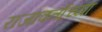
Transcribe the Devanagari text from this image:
राजावर्ताच्या